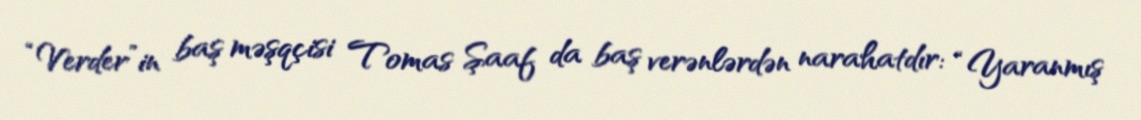
“Verder”in baş məşqçisi Tomas Şaaf da baş verənlərdən narahatdır: “Yaranmış